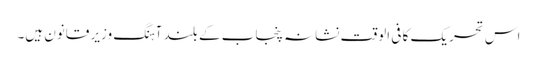
اس تحریک کا فی الوقت نشانہ پنجاب کے بلند آہنگ وزیر قانون ہیں۔